Rangoon Lunatic Asylum 1898-1906 - 1898-1906
Year: 1898
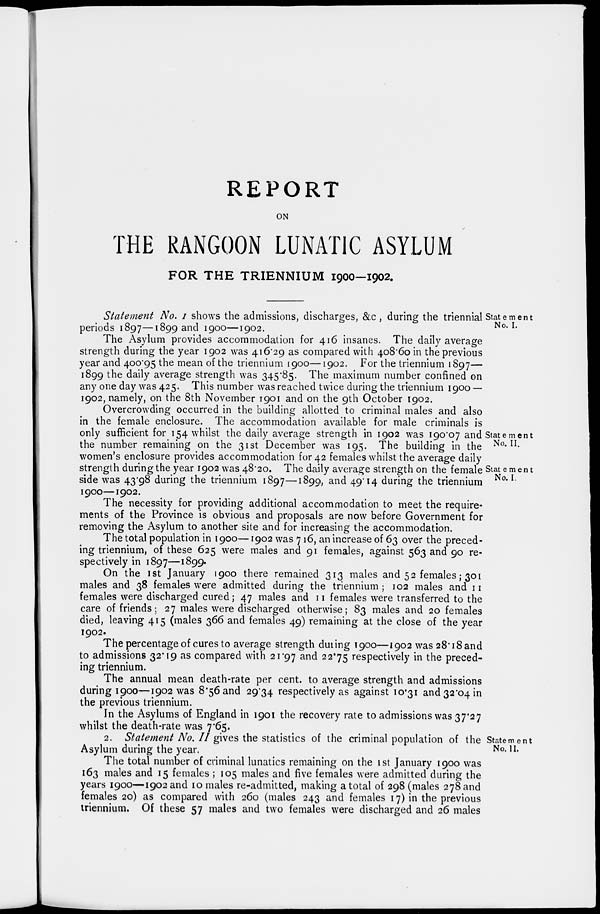
REPORT
ON
THE RANGOON LUNATIC ASYLUM
FOR THE TRIENNIUM 1900—1902.
Statement
No. I.
Statement No. I shows the admissions, discharges, &:c , during the triennial
periods 1897—1899 and 1900—1902.
The Asylum provides accommodation for 416 insanes. The daily average
strength during the year 1902 was 416.29 as compared with 408.60 in the previous
year and 400.95 the mean of the triennium 1900—1902. For the triennium 1897—
1899 the daily average strength was 345.85. The maximum number confined on
any one day was 425. This number was reached twice during the triennium 1900 —
1902, namely, on the 8th November 1901 and on the 9th October 1902.
Statement
No. II.
Statement
No. I.
Overcrowding occurred in the building allotted to criminal males and also
in the female enclosure. The accommodation available for male criminals is
only sufficient for 154 whilst the daily average strength in 1902 was 190.07 and
the number remaining on the 31st December was 195. The building in the
women's enclosure provides accommodation for 42 females whilst the average daily
strength during the year 1902 was 48.20. The daily average strength on the female
side was 43.98 during the triennium 1897—1899, and 49.14 during the triennium
1900—1902.
The necessity for providing additional accommodation to meet the require-
ments of the Province is obvious and proposals are now before Government for
removing the Asylum to another site and for increasing the accommodation.
The total population in 1900—1902 was 716, an increase of 63 over the preced-
ing triennium, of these 625 were males and 91 females, against 563 and 90 re-
spectively in 1897—1899.
On the 1st January 1900 there remained 313 males and 52 females; 301
males and 38 females were admitted during the triennium; 102 males and 11
females were discharged cured; 47 males and 11 females were transferred to the
care of friends; 27 males were discharged otherwise; 83 males and 20 females
died, leaving 415 (males 366 and females 49) remaining at the close of the year
1902.
The percentage of cures to average strength during 1900—1902 was 28.18 and
to admissions 32.19 as compared with 21.97 and 22.75 respectively in the preced-
ing triennium.
The annual mean death-rate per cent. to average strength and admissions
during 1900—1902 was 8.56 and 29.34 respectively as against 10.31 and 32.04 in
the previous triennium.
In the Asylums of England in 1901 the recovery rate to admissions was 37.27
whilst the death-rate was 7.65.
Statement
No. II.
2. Statement No. II gives the statistics of the criminal population of the
Asylum during the year.
The total number of criminal lunatics remaining on the 1st January 1900 was
163 males and 15 females ; 105 males and five females were admitted during the
years 1900—1902 and 10 males re-admitted, making a total of 298 (males 278 and
females 20) as compared with 260 (males 243 and females 17) in the previous
triennium. Of these 57 males and two females were discharged and 26 males